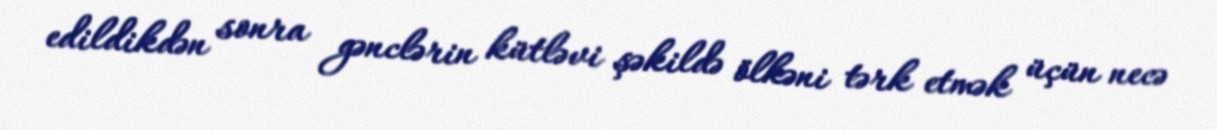
edildikdən sonra gənclərin kütləvi şəkildə ölkəni tərk etmək üçün necə